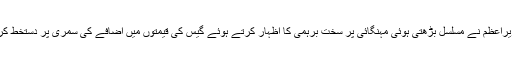
کل وزیراعظم نے مسلسل بڑھتی ہوئی مہنگائی پر سخت برہمی کا اظہار کرتے ہوئے گیس کی قیمتوں میں اضافے کی سمری پر دستخط کردیئے۔